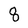
Character: 8